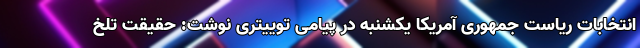
انتخابات ریاست جمهوری آمریکا یکشنبه در پیامی توییتری نوشت: حقیقت تلخ